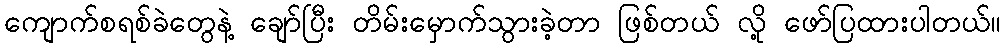
ကျောက်စရစ်ခဲတွေနဲ့ ချော်ပြီး တိမ်းမှောက်သွားခဲ့တာ ဖြစ်တယ် လို့ ဖော်ပြထားပါတယ်။